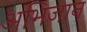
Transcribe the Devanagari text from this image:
अभिजान